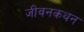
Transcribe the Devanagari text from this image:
जीवनकथन